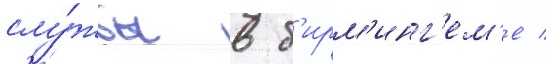
слу́жбы в б'ирм'инг'ем'е /